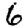
Digit: 6